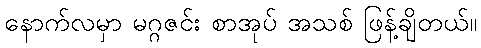
နောက်လမှာ မဂ္ဂဇင်း စာအုပ် အသစ် ဖြန့်ချိတယ်။